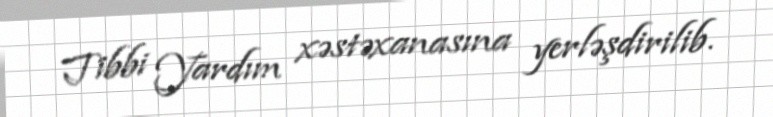
Tibbi Yardım xəstəxanasına yerləşdirilib.